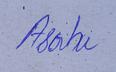
Signature authenticity: genuine